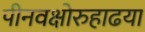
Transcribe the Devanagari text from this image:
पीनवक्षोरुहाढया